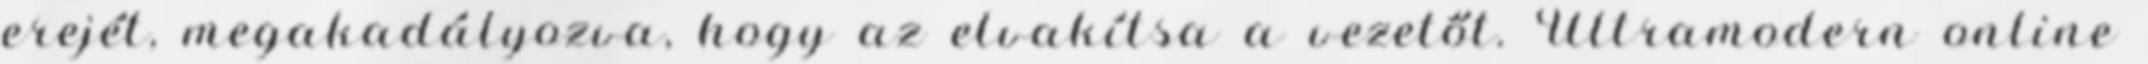
erejét, megakadályozva, hogy az elvakítsa a vezetőt. Ultramodern online